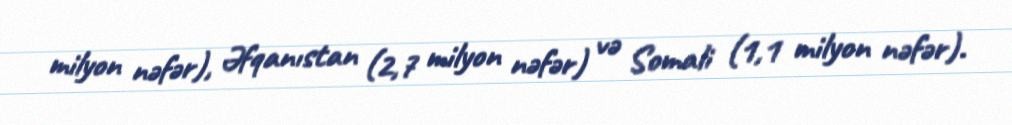
milyon nəfər), Əfqanıstan (2,7 milyon nəfər) və Somali (1,1 milyon nəfər).